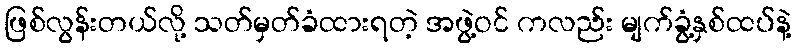
ဖြစ်လွန်းတယ်လို့ သတ်မှတ်ခံထားရတဲ့ အဖွဲ့ဝင် ကလည်း မျက်ခွံ့နှစ်ထပ်နဲ့